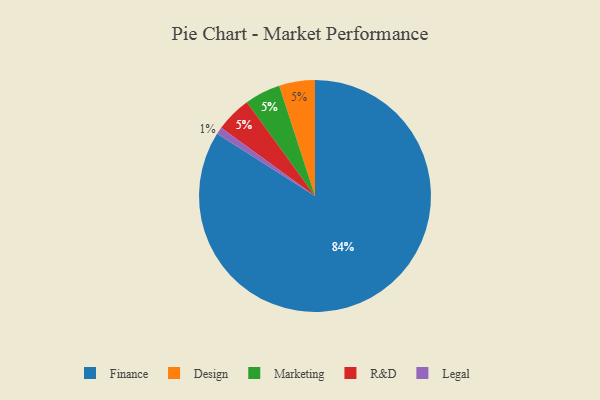
{"axis": {"x": "Category", "y": "Percentage"}, "legend": ["Design", "Finance", "Legal", "Marketing", "R&D"], "data": [{"x": "Design", "y": 5, "type": "Design"}, {"x": "Legal", "y": 1, "type": "Legal"}, {"x": "Finance", "y": 84, "type": "Finance"}, {"x": "Marketing", "y": 5, "type": "Marketing"}, {"x": "R&D", "y": 5, "type": "R&D"}]}